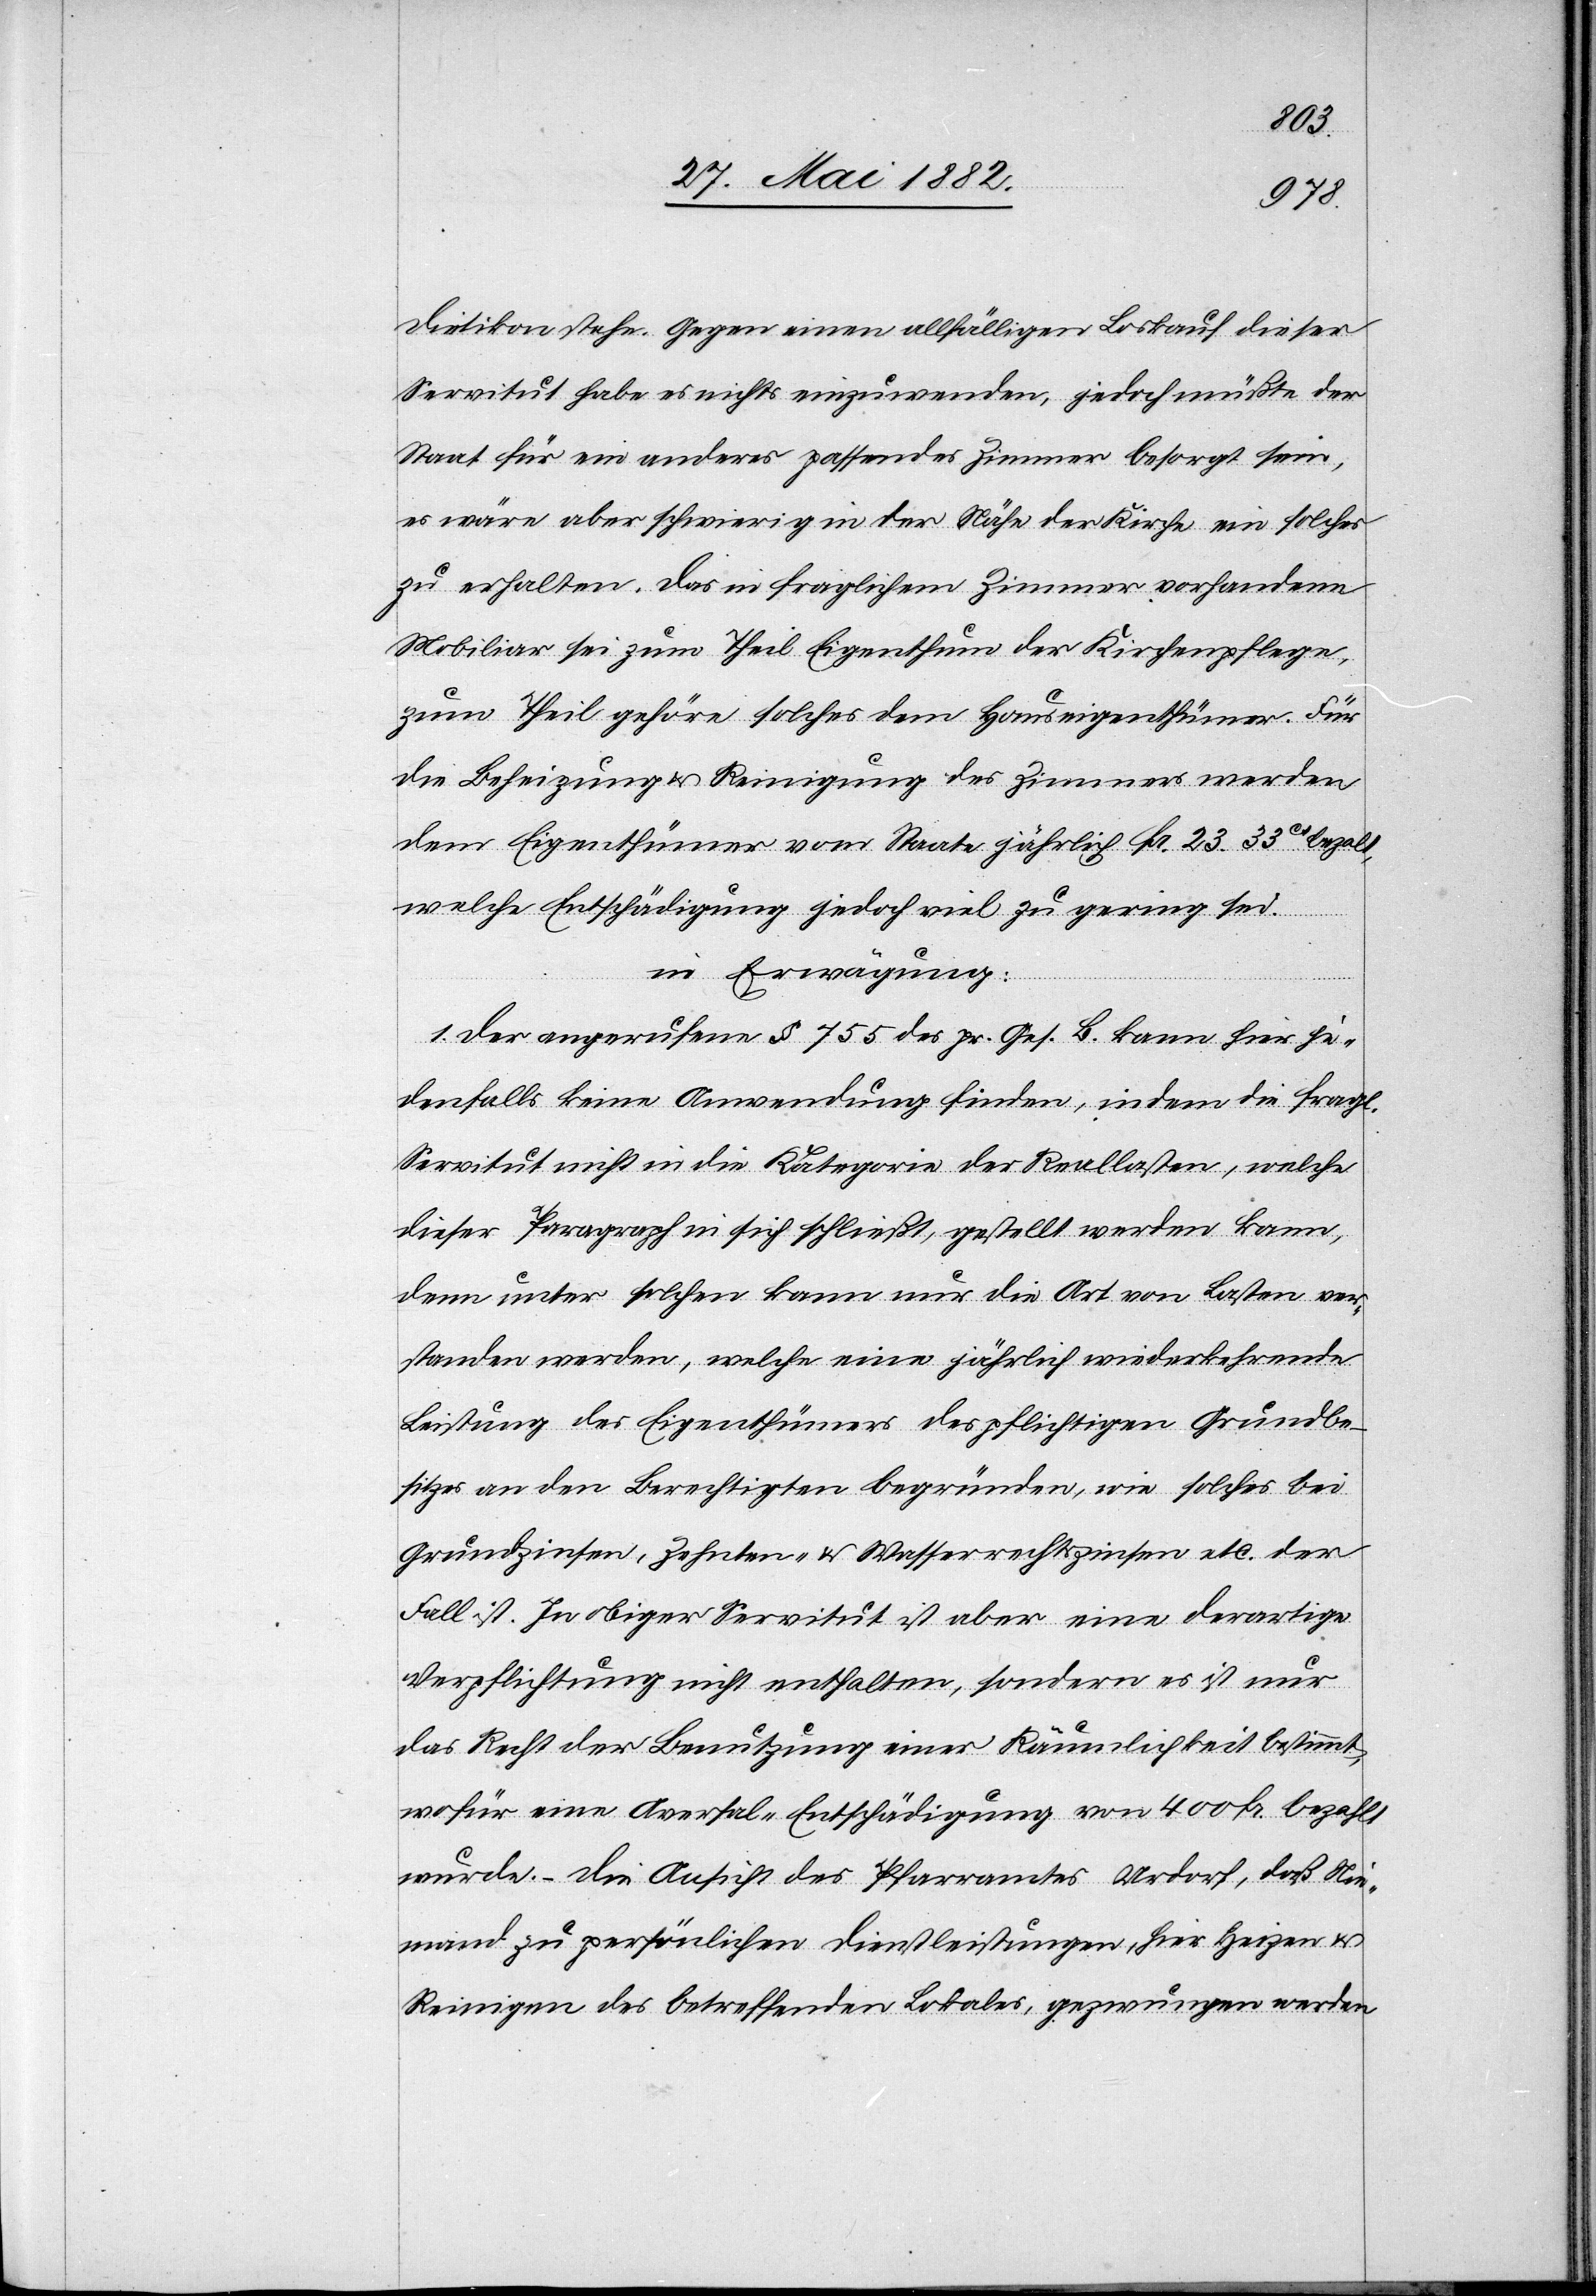
Dietikon stehe. Gegen einen allfälligen Loskauf dieser
Servitut habe es nichts einzuwenden, jedoch müßte der
Staat für ein anderes passendes Zimmer besorgt sein,
es wäre aber schwierig in der Nähe der Kirche ein solches
zu erhalten. Das in fraglichem Zimmer vorhandene
Mobiliar sei zum Theil Eigenthum der Kirchenpflege,
zum Theil gehöre solches dem Hauseigenthümer. Für
die Beheizung & Reinigung des Zimmers werden
dem Eigenthümer vom Staate jährlich Fr. 23 33cs bezahlt,
welche Entschädigung jedoch viel zu gering sei.
in Erwägung:
1. Der angerufene § 755 des pr. Ges. B. Kann hier je¬
denfalls keine Anwendung finden, indem die fragl.
Servitut nicht in die Kategorie der Reallasten, welche
dieser Paragraph in sich schließt, gestellt werden kann,
denn unter solchen kann nur die Art von Lasten ver¬
standen werden, welche eine jährlich wiederkehrende
Leistung des Eigenthümers des pflichtigen Grundbe¬
sitzes an den Berechtigten begründen, wie solches bei
Grundzinsen, Zehnten- & Wasserrechtszinsen etc. der
Fall ist. In obiger Servitut ist aber eine derartige
Verpflichtung nicht enthalten, sondern es ist nur
das Recht der Benutzung einer Räumlichkeit bestimmt,
wofür eine Aversal-Entschädigung von 400 Fr. bezahlt
wurde. – Die Ansicht des Pfarramtes Urdorf, daß Nie¬
mand zu persönlichen Dienstleistungen, hier Heizen &
Reinigen des betreffenden Lokales, gezwungen werden